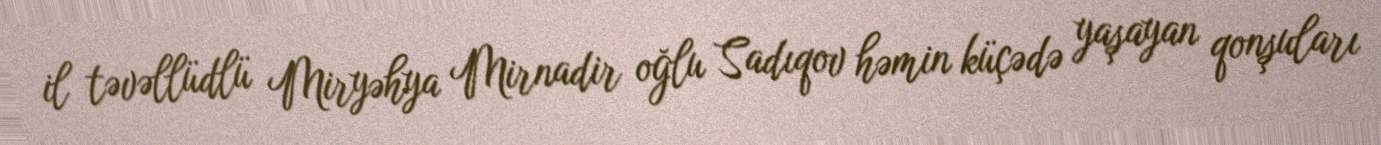
il təvəllüdlü Miryəhya Mirnadir oğlu Sadıqov həmin küçədə yaşayan qonşuları